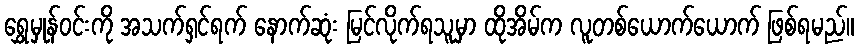
ရွှေမှုန်ဝင်းကို အသက်ရှင်ရက် နောက်ဆုံး မြင်လိုက်ရသူမှာ ထိုအိမ်က လူတစ်ယောက်ယောက် ဖြစ်ရမည်။